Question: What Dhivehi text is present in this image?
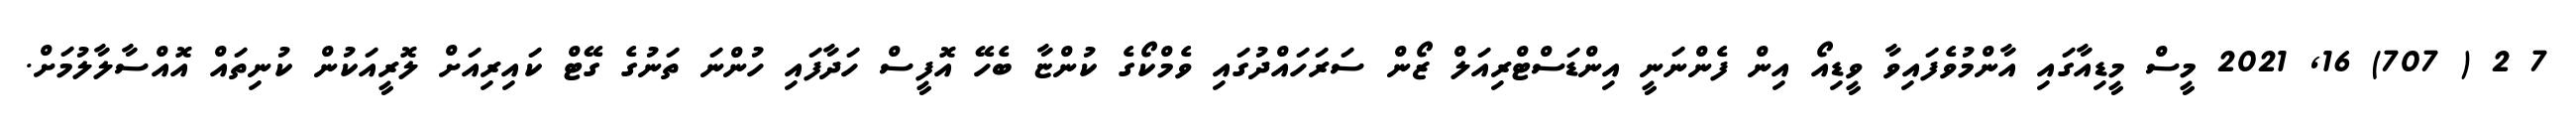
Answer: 7 2 ( 707) 16, 2021 މީސް މީޑިއާގައި އާންމުވެފައިވާ ވީޑިއޯ އިން ފެންނަނީ އިންޑަސްޓްރިއަލް ޒޯން ސަރަހައްދުގައި ވެމްކޯގެ ކުންޏާ ބެހޭ އޮފީސް ހަދާފައި ހުންނަ ތަނުގެ ގޭޓް ކައިރިއަށް ލޮރީއަކުން ކުނިތައް އޮއްސާލާލުމަށް.